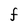
Character: F